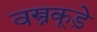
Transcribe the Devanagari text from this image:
वस्त्रकूड़े